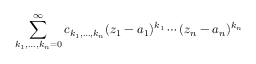
\sum _ { k _ { 1 } , \dots , k _ { n } = 0 } ^ { \infty } c _ { k _ { 1 } , \dots , k _ { n } } ( z _ { 1 } - a _ { 1 } ) ^ { k _ { 1 } } \cdots ( z _ { n } - a _ { n } ) ^ { k _ { n } }